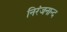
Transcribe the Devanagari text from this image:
निरंजनान्द